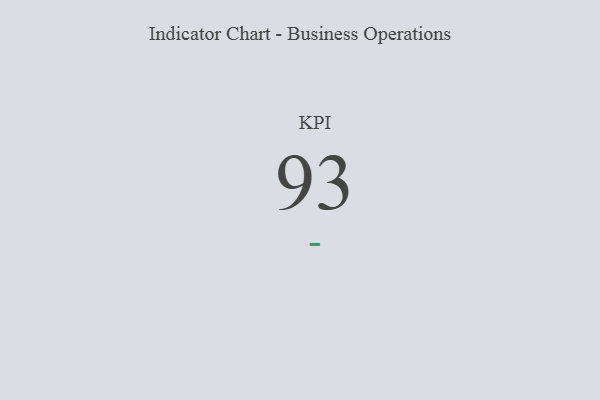
{"axis": {"x": "KPI", "y": "Value"}, "legend": [""], "data": [{"x": "KPI", "y": 93, "type": ""}]}